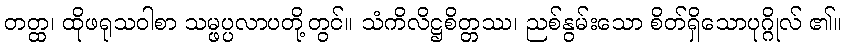
တတ္ထ၊ ထိုဖရုသဝါစာ သမ္ဖပ္ပလာပတို့တွင်။ သံကိလိဋ္ဌစိတ္တဿ၊ ညစ်နွမ်းသော စိတ်ရှိသောပုဂ္ဂိုလ် ၏။